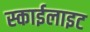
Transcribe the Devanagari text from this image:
स्‍काईलाइट